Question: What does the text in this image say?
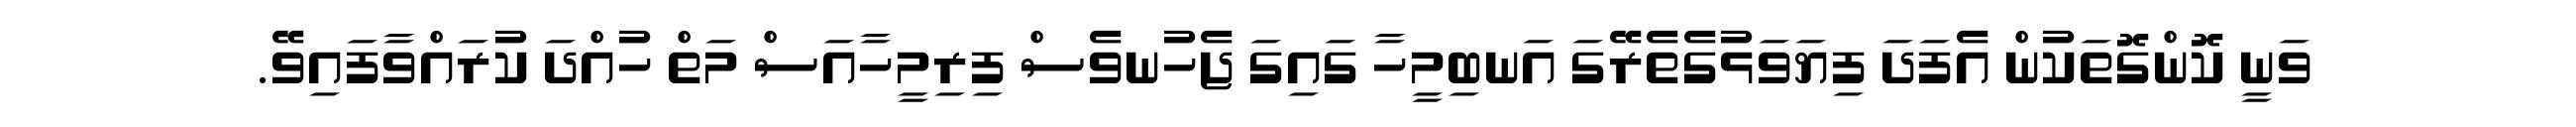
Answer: ވަނީ ކޮންގޮތަކުން އެފަދަ ފިޔަވަޅުގެތެރޭގަ އަނބިމީހާ ގައިގަ ޖެހުނވެސް ފިރިމީހާއަސް މަތް ހުއްދަ ކުރައްވާފައިވޭ.